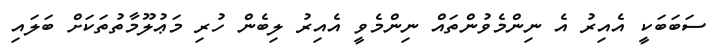
ސަބަބަކީ އެއިރު އެ ނިންމެވުންތައް ނިންމެވީ އެއިރު ލިބެން ހުރި މަޢުލޫމާތުތަކަށް ބަލައި